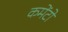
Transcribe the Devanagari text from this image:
कमेंटों